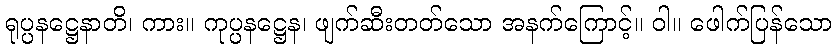
ရုပ္ပနဋ္ဌေနာတိ၊ ကား။ ကုပ္ပနဋ္ဌေန၊ ဖျက်ဆီးတတ်သော အနက်ကြောင့်။ ဝါ။ ဖေါက်ပြန်သော